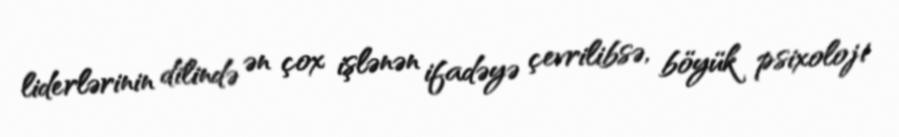
liderlərinin dilində ən çox işlənən ifadəyə çevrilibsə, böyük psixoloji